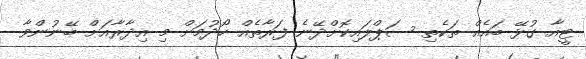
ޓީއާ ގުޅޭ ބައެއް ތަކެތި ސަޕްލައިކޮށްދޭނެ ފަރާތެއް ހޯދުމަށް މި އިދާރާއަށް ބޭނުންވާ